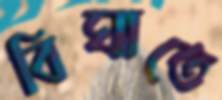
বিঘাতে